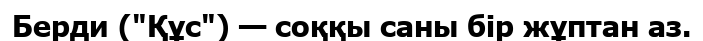
Берди ("Құс") — соққы саны бір жұптан аз.